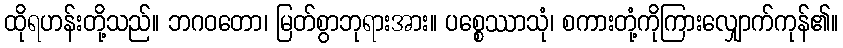
ထိုရဟန်းတို့သည်။ ဘဂဝတော၊ မြတ်စွာဘုရားအား။ ပစ္စေဿာသုံ၊ စကားတုံ့ကိုကြားလျှောက်ကုန်၏။